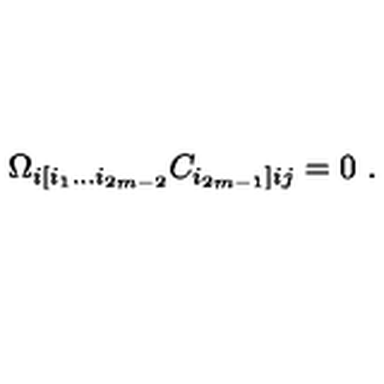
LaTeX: \Omega _ { i [ i _ { 1 } \dots i _ { 2 m - 2 } } C _ { i _ { 2 m - 1 } ] i j } = 0 \ .